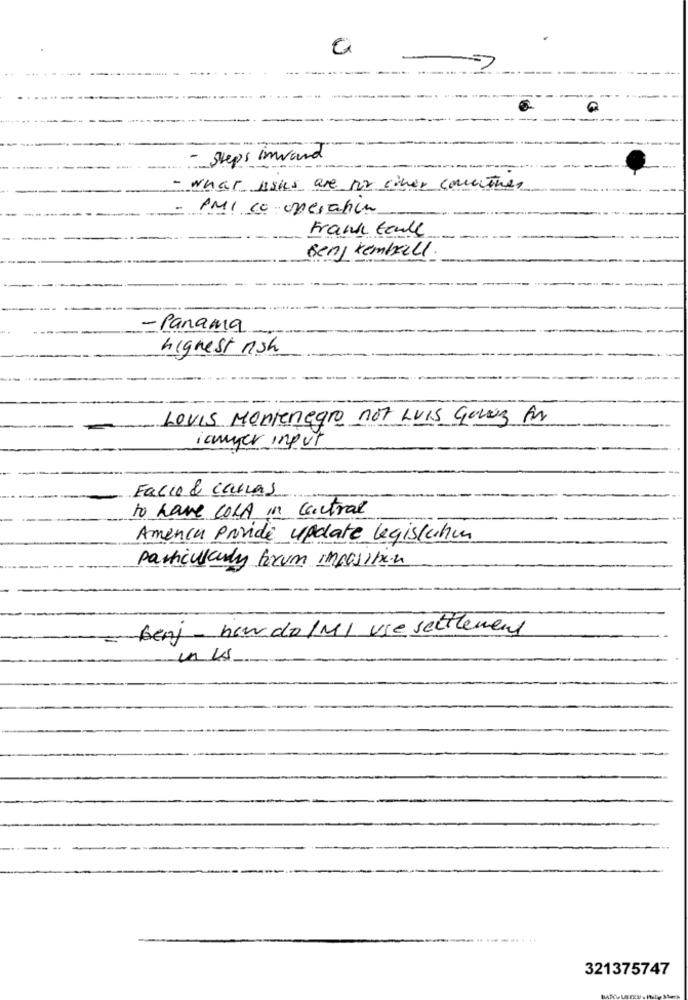
a
- Steps Inward
- what isks are no ciner contre,
PMI co- operation
Frank taule
Benj kemball
- Panama
highest nish
Louis Montenegro not LUIS Gomez fr
iamyer input
Facio & caras
to have COLA in central
Amenca Provide update legislahm
particularly forum imposition
benj- how do /MI use settlement
in 15
321375747